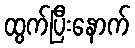
ထွက်ပြီးနောက်